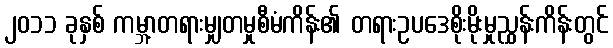
၂၀၁၁ ခုနှစ် ကမ္ဘာ့တရားမျှတမှုစီမံကိန်း၏ တရားဥပဒေစိုးမိုးမှုညွှန်းကိန်းတွင်